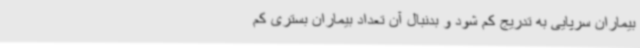
بیماران سرپایی به تدریج کم شود و بدنبال آن تعداد بیماران بستری کم